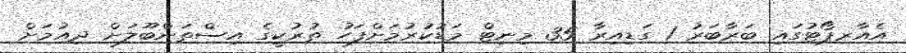
އެއާރޕޯޓުގައި ބަރާބަރު 1 ގަޑިއިރާ 35 މިނިޓް މަޑުކުރުމަށްފަހު ތުރުކީގެ އިސްތަންބޫލަށް ދިއުމަށް